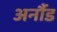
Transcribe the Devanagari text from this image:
अर्नौड